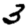
Digit: 3